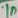
Text: 1n